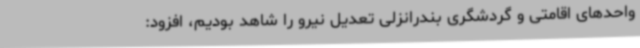
واحدهای اقامتی و گردشگری بندرانزلی تعدیل نیرو را شاهد بودیم، افزود: